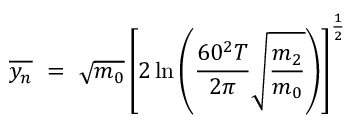
\overline { { y _ { n } } } \ = \ \sqrt { m _ { 0 } } \left[ 2 \ln \left( \frac { 6 0 ^ { 2 } T } { 2 \pi } \sqrt { \frac { m _ { 2 } } { m _ { 0 } } } \right) \right] ^ { \frac { 1 } { 2 } }